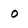
Character: O